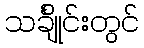
သင်္ချိုင်းတွင်